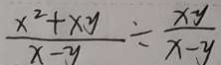
\frac { x ^ { 2 } + x y } { x - y } \div \frac { x y } { x - y }